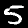
Label: 5